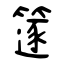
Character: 篴